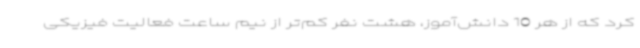
کرد که از هر 10 دانش‌آموز، هشت نفر کم‌تر از نیم ساعت فعالیت فیزیکی